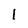
Character: 1